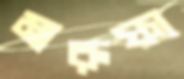
মারুফা